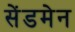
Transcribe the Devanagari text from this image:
सेंडमेन